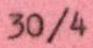
30/4